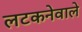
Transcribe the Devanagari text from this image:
लटकनेवाले